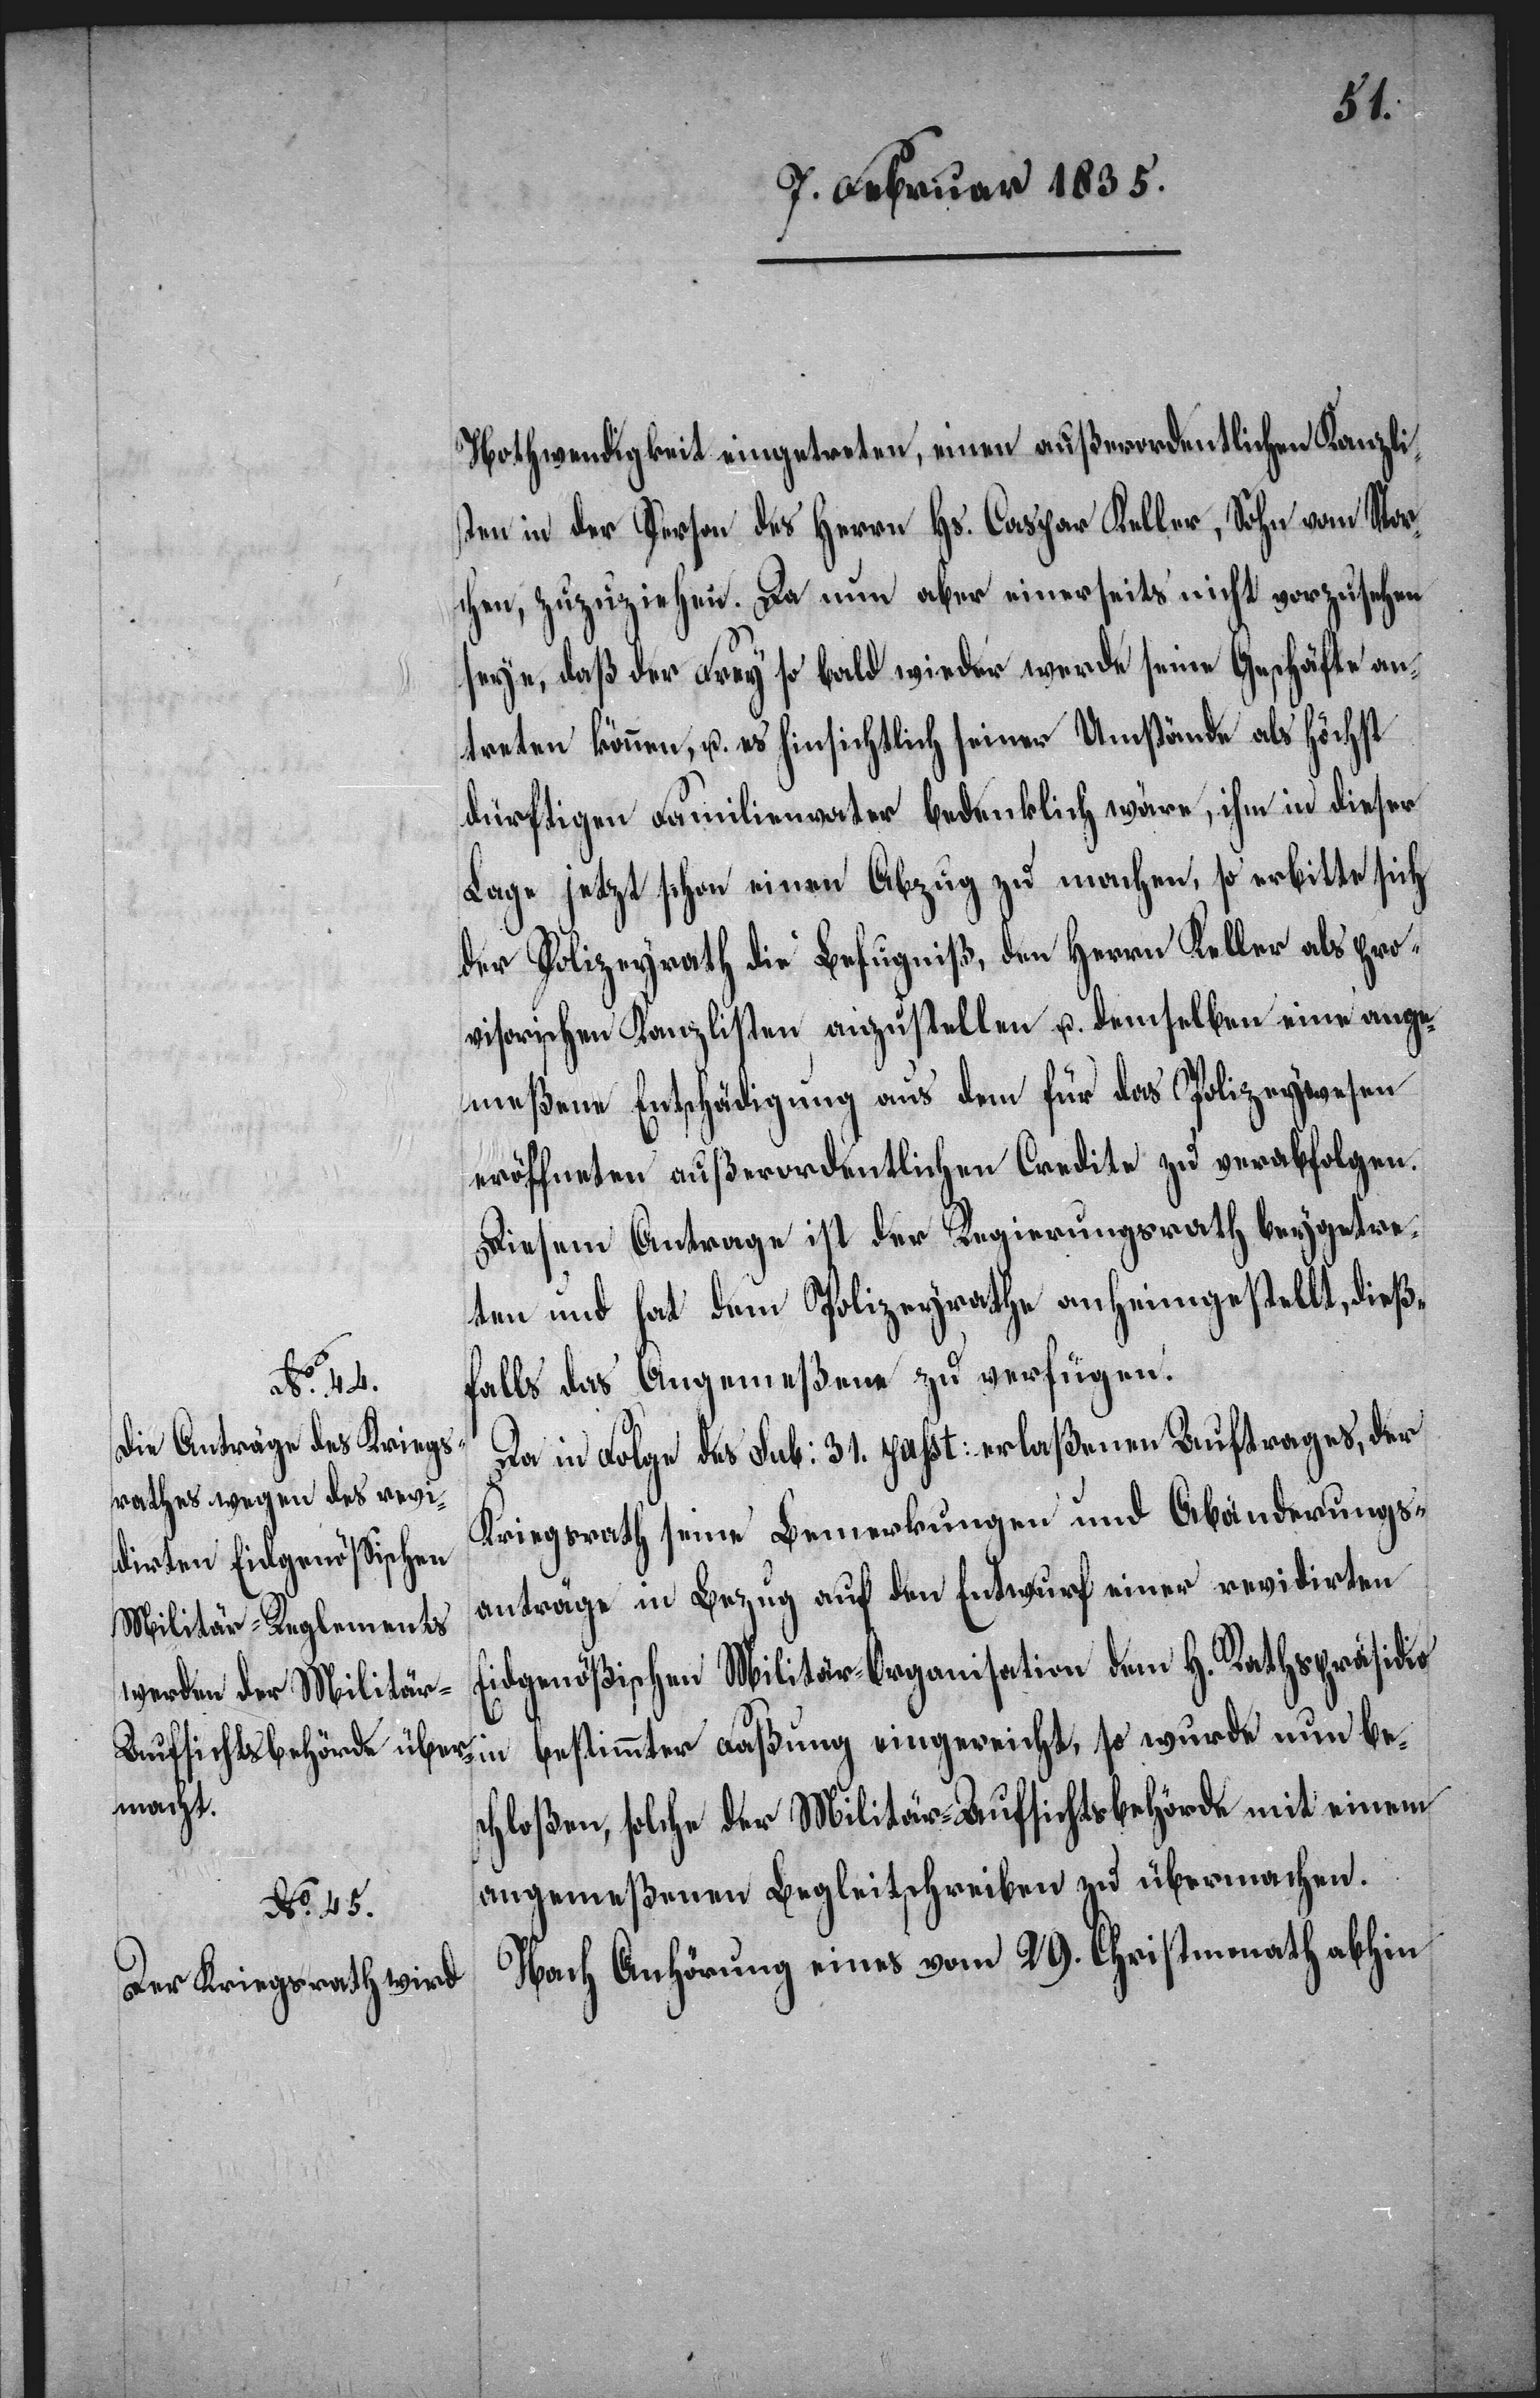
Nothwendigkeit eingetreten, einen außerordentlichen Kanzlis¬
ten in der Person des Herrn Hs. Caspar Keller, Sohn vom Stor¬
chen, zuzuziehen. Da nun aber einerseits nicht vorzusehen
seye, daß der Frey so bald wieder werde seine Geschäfte an¬
treten können, u. es hinsichtlich seiner Umstände als höchst
dürftigen Familienvater bedenklich wäre, ihm in dieser
Lage jetzt schon einen Abzug zu machen, so verbitte sich
der Polizeyrath die Befugniß, den Herrn Keller als pro¬
visorischen Kanzlisten anzustellen u. demselben eine ange¬
meßene Entschädigung aus dem für das Polizeywesen
eröffneten außerordentlichen Credite zu verabfolgen.
Diesem Antrag ist der Regierungsrath beygetre¬
ten und hat dem Polizeyrathe anheimgestellt, dieß¬
falls das Angemeßene zu verfügen.
Da in Folge des sub: 31. passt: erlaßenen Auftrages, der
Kriegsrath seine Bemerkungen und Abänderungs¬
anträge in Bezug auf den Entwurf einer revidirten
Eidgenößischen Militär-Organisation dem H. Rathspräsidio
bestimmter Faßung eingereicht, so wurde nun be¬
schloßen, solche der Militär-Aufsichtsbehörde mit einem
angemeßenen Begleitschreiben zu übermachen.
Nach Anhörung eines vom 29. Christmonath abhin